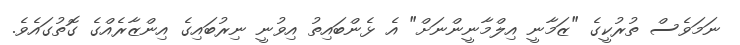
ނަމަވެސް ތުރުކީގެ "ޒަމާނީ އިލްމާނީންނަށް" އެ ޅެންބައިތު އިވުނީ ނިރުބައިގެ އިންޒާރެއްގެ ގޮތުގައެވެ.